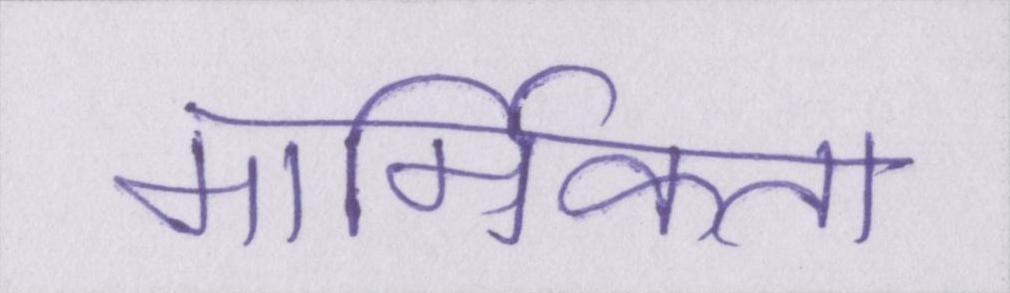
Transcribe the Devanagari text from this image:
मार्मिकता